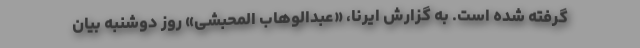
گرفته شده است. به گزارش ایرنا، «عبدالوهاب المحبشی» روز دوشنبه بیان